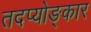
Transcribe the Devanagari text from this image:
तदप्योङ्कार